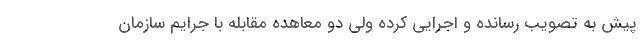
پیش به تصویب رسانده و اجرایی کرده ولی دو معاهده مقابله با جرایم سازمان